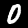
Label: 0